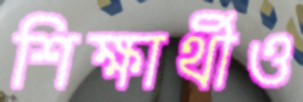
শিক্ষার্থীও